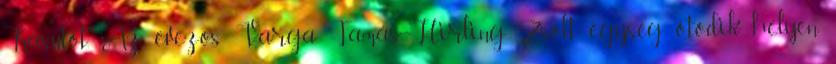
Kasutót. Az evezős Varga Tamás–Hirling Zsolt egység ötödik helyen